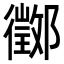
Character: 𨟃